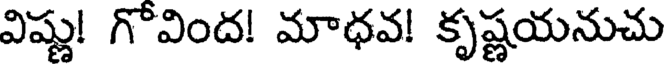
విష్ణు! గొవింద! మాధవ! కృష్ణయనుచు